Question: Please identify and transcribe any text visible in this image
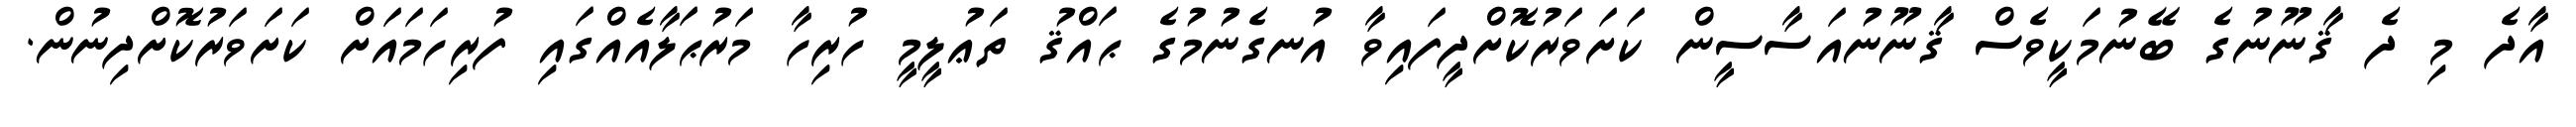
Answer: އާދެ މި ދެ ޤާނޫނުގެ ބޭނުމަކީވެސް ޤާނޫނުއަސާސީން ކަށަވަރުކޮށްދީފައިވާ އުނގެނުމުގެ ޙައްޤު ތަޢުލީމީ ހުރިހާ މަރުޙަލާއެއްގައި ފުރިހަމައަށް ކަށަވަރުކޮށްދިނުން.